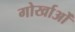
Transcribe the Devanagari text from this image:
गोर्खाओं